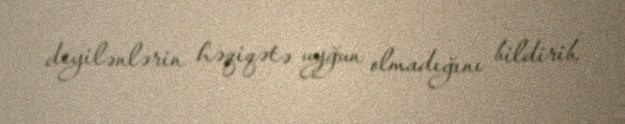
deyilənlərin həqiqətə uyğun olmadığını bildirib.